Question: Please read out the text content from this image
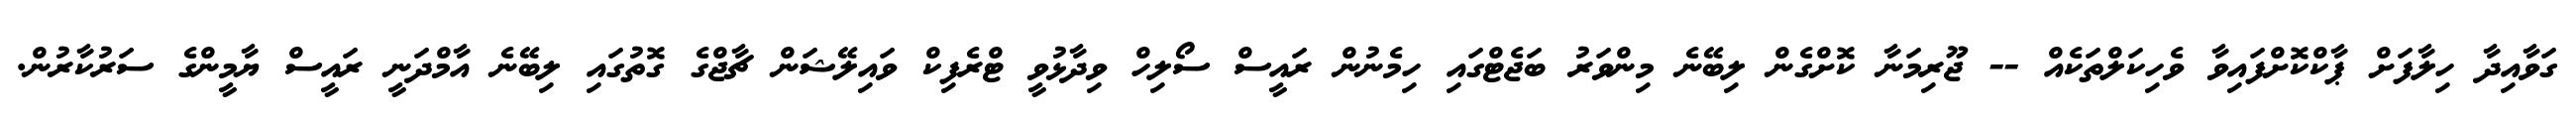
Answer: ގަވާއިދާ ހިލާފަށް ޕާކްކޮށްފައިވާ ވެހިކަލްތަކެއް -- ޖޫރިމަނާ ކޮށްގެން ލިބޭނެ މިންވަރު ބަޖެޓްގައި ހިމެނުން ރައީސް ސޯލިހް ވިދާޅުވީ ޓްރެފިކް ވައިލޭޝަން ޗާޖްގެ ގޮތުގައި ލިބޭނެ އާމްދަނީ ރައީސް ޔާމީންގެ ސަރުކާރުން.